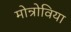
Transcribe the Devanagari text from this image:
मोन्रोविया